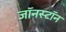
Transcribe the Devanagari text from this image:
जॉनस्टॉन